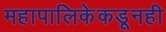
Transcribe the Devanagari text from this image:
महापालिकेकडूनही